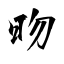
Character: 昒